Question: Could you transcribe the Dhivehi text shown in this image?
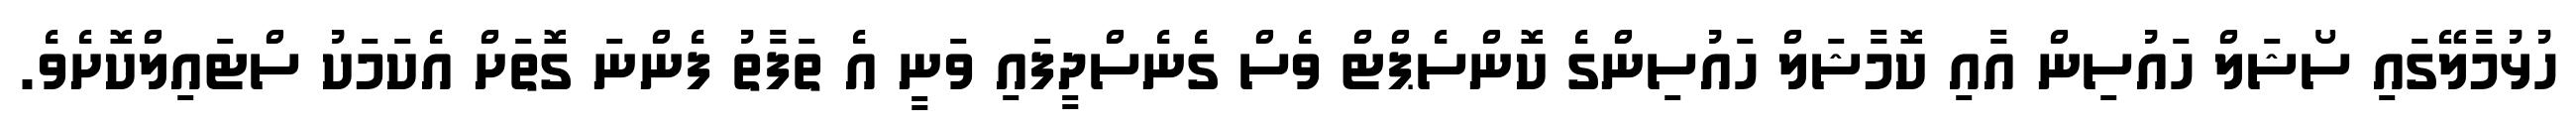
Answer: ހުޅުމާލޭގައި ސޯޝަލް ހައުސިން އާއި ކޮމާޝަލް ހައުސިންގެ ކޮންސެޕްޓް ވެސް ގެނެސްދީފައި ވަނީ އެ ތަފާތު ފެންނަ ގޮތަށް އެކަމަކު ސްޓައިލްކޮށެވެ.